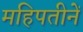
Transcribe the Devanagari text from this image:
महिपतीनें